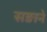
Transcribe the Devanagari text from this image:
सङाने